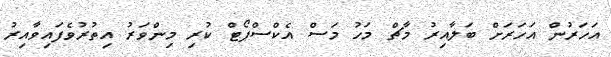
އަހަރުން އަހަރަށް ބަލާއިރު މާޗް މަހު މަސް އެކްސްޕޯޓް ކުރި މިންވަރު އިތުރުވެފައިވާއިރު